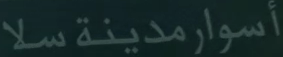
أسوارمدينة سلا